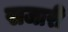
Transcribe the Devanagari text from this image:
सजारी